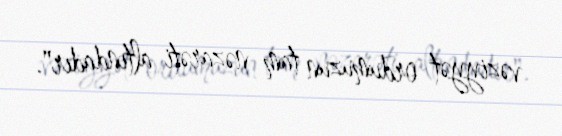
vəziyyət ordumuzun tam nəzarəti altındadır".